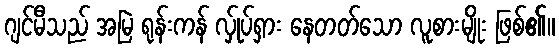
ဂျင်မီသည် အမြဲ ရုန်းကန် လ်ှုပ်ရှား နေတတ်သော လူစားမျိုး ဖြစ်၏။